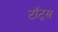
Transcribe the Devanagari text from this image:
टॉट्स